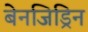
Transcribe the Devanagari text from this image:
बेनजिड्रिन